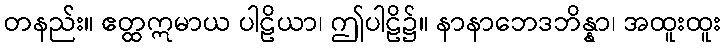
တနည်း။ ဧတ္ထဣမာယ ပါဠိယာ၊ ဤပါဠိ၌။ နာနာဘေဒဘိန္နာ၊ အထူးထူး